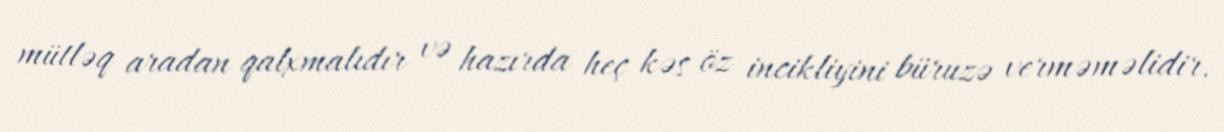
mütləq aradan qalxmalıdır və hazırda heç kəs öz incikliyini büruzə verməməlidir.